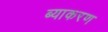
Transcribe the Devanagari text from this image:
ब्याकरण